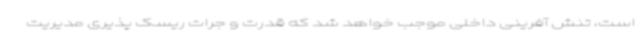
است، تنش آفرینی داخلی موجب خواهد شد که قدرت و جرات ریسک پذیری مدیریت